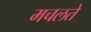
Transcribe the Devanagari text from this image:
मचलते